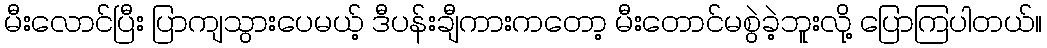
မီးလောင်ပြီး ပြာကျသွားပေမယ့် ဒီပန်းချီကားကတော့ မီးတောင်မစွဲခဲ့ဘူးလို့ ပြောကြပါတယ်။